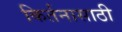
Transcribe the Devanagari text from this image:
किर्तनासाठी